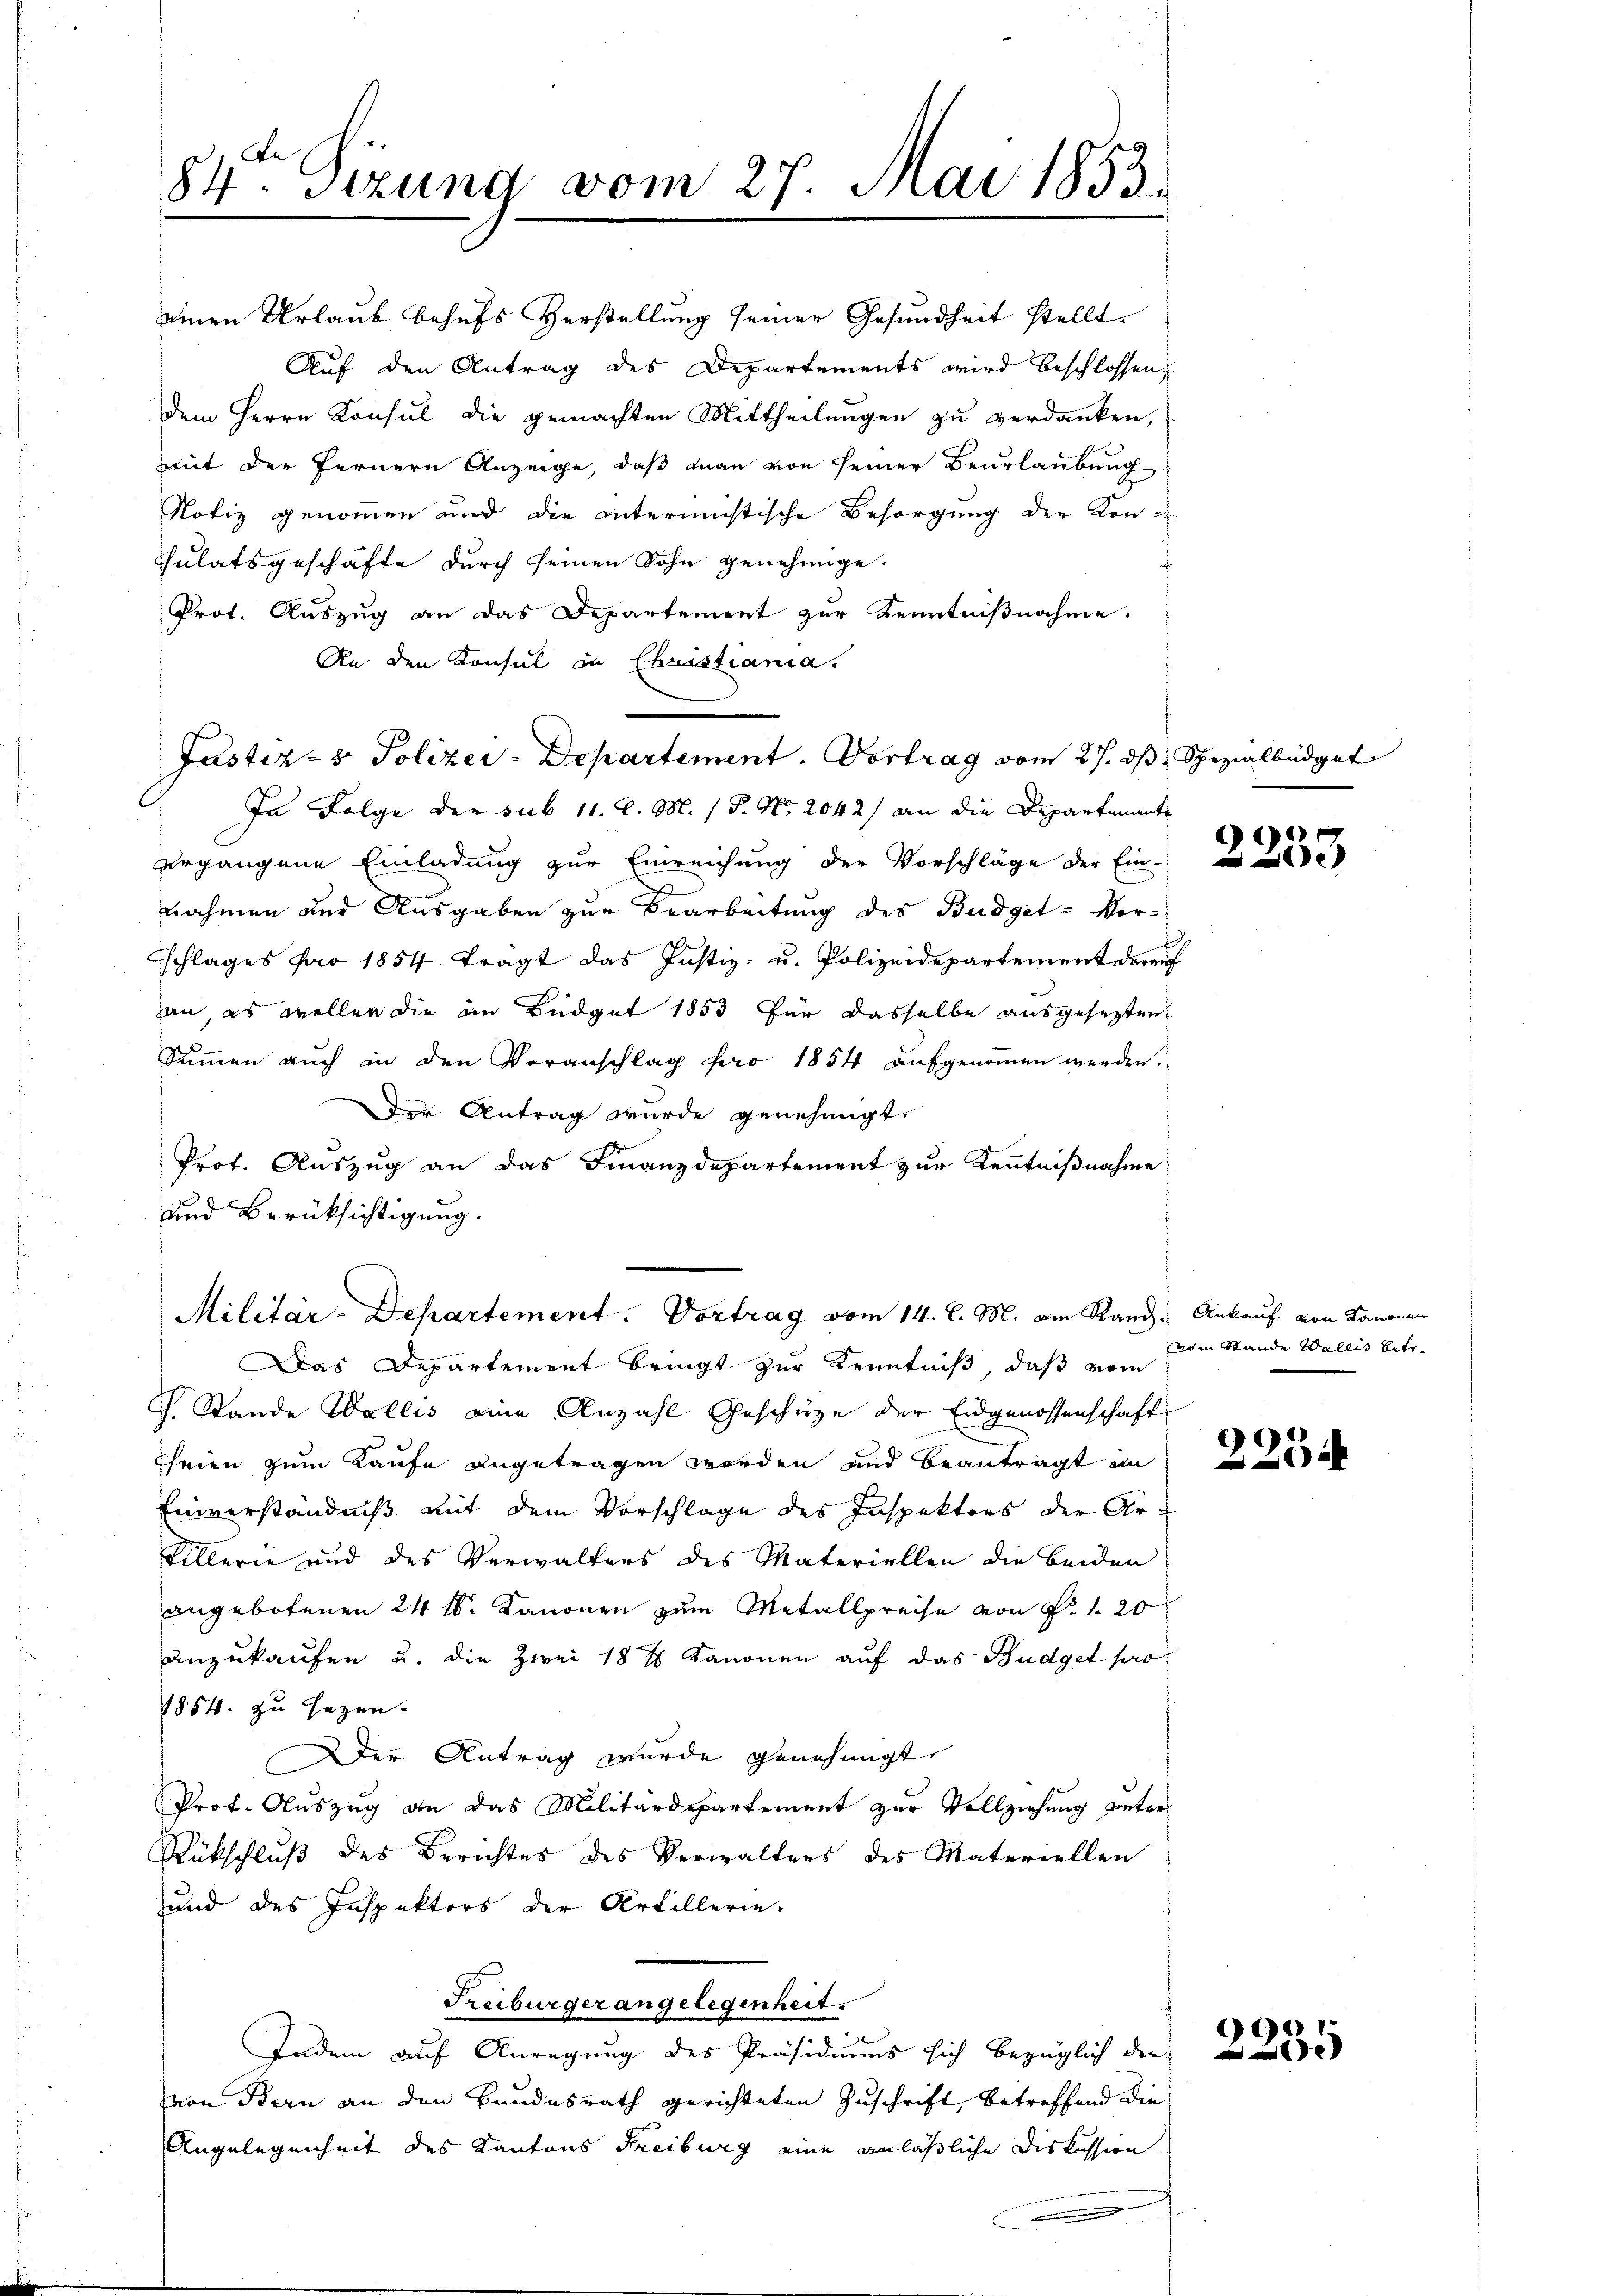
In Folge der sub 11. l. M. / 5. No. 2042/ an die Departenante
ergangene Einladung zur Einreichung der Vorschläge der Ein-
nahmen und Ausgaben zur Bearbeitung des Budget- Vord
Schlages pro 1854 tragt das Justiz- u. Polizeidepartement darauf
han, es woller die im Büdget 1853 für dasselbe ausgesezten
Summen auch in den Voranschlag pro 1854 aufgenommen werden.
Der Antrag wurde genehmigt.
Prof. Auszug an das Finanzdepartement zur Kenntnißnahme
und Berücksichtigung.
Militär-Departement. Vortrag vom 14. d. M. am Rand, Ankauf von Kanonen

84ten Sizung vom 27. Mai 1853.
u

einen Urlaub behufs Verstellung seiner Gesundheit stellt.
Auf den Antrag des Departements wird beschlossen,
dem Herrn Konsul die gemachten Mittheilungen zu verdanken,
mit der Fernern Anzeige, daß man von seiner Beurlaubung
Notiz genommen und die intermistische Besorgung der Kon-
Sulatsgeschäfte durch seinen Sohn genehmige.
Prot. Auszug an das Departement zur Kenntnißnahme.
An den Konsul in Christiania.

Justiz- & Polizey-Departement. Vortrag vom 27. ds Spezialbüdget

Das Departement bringt zur Kenntniß, daß vom
J. Stande Wallis eine Anzahl Geschütze der Eidgenossenschaft
Eheien zum Kaufe angetragen worden und beantragt in
Einverständniß mit dem Vorschlage des Inspektors der Ar¬
Fillerie und des Verwalters des Materiellen die beiden
angebotenen 24 t. Kanonen zum Metallpreise von P. 1. 20
anzukaufen u. die Zwei 1815 Kanonen auf das Budget pro¬
1854. zu sezen.
Der Antrag wurde genehmigt
Prof. Auszug an das Militärdepartement zur Vollziehung unter¬
Rückschluß des Berichtes des Verwalters des Materiellen
und des Inspektors der Artillerie-
Treiburger angelegenheit.
Indem auf Anregung des Präsidiums sich bezüglich der
von Bern an den Bundesrath gerichteten Zuschrift betreffend die
Angelegenheit des Kantons Freiburg eine anläßliche Diskussion

e

vom Stande Wallis bitt

2254

2235